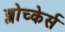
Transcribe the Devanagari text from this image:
ब्लोच्केर्स